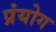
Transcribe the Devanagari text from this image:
प्रंयोग